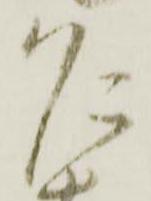
乍